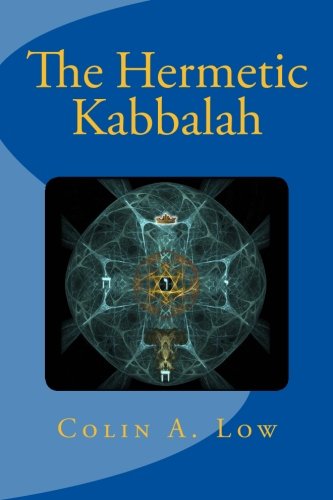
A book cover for The Hermetic Kabbalah; Colin A Low; Religion & Spirituality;